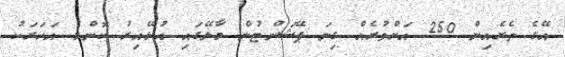
އޭގެ ތެރެއިން 250 އަށްވުރެއް ގިނަ ޕޭޝަންޓުން މާލޭގައި އުޅޭއިރު ކޮންމެ އަހަރަކު